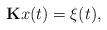
LaTeX: \begin{align*} \mathbf{K}x(t) = \xi(t),\end{align*}